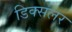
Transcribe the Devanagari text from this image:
डिक्सलर